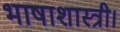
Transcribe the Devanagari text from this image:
भाषाशास्त्री।